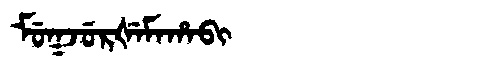
Manchu: ᠮᡠᡴᠵᡠᡵᡧᡝᠮᠠᡥᠠᠪᡳ
Romanization: MUKJURŠEMAHABI